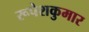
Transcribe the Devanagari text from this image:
रूपेशकुमार